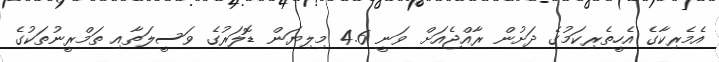
އެމެރިކާގެ އެހީތެރިކަމުގެ ދަށުން ރާއްޖެއަށް ވަނީ 4.6 މިލިޔަން ޑޮލަރުގެ ވަސީލަތާއި ތަމްރީނުތަކުގެ